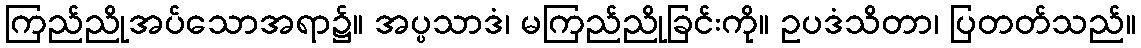
ကြည်ညိုအပ်သောအရာ၌။ အပ္ပသာဒံ၊ မကြည်ညိုခြင်းကို။ ဥပဒံသိတာ၊ ပြတတ်သည်။